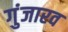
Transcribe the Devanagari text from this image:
गुंजारव